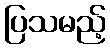
ပြသမည့်